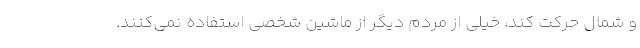
و شمال حرکت کند، خیلی از مردم دیگر از ماشین شخصی استفاده نمی‌کنند.